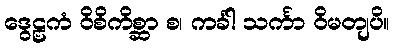
ဒွေဠှကံ ဝိစိကိစ္ဆာ စ၊ ကင်္ခါ သင်္ကာ ဝိမတျပိ။